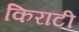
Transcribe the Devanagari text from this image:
किराटी